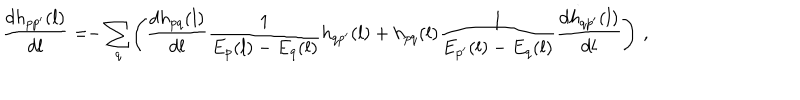
\frac { d h _ { p p ^ { \prime } } ( l ) } { d l } = \! \! - \sum _ { q } \! \left( \frac { d h _ { p q } ( l ) } { d l } \frac { 1 } { E _ { p } ( l ) - E _ { q } ( l ) } h _ { q p ^ { \prime } } ( l ) + h _ { p q } ( l ) \frac { 1 } { E _ { p ^ { \prime } } ( l ) - E _ { q } ( l ) } \frac { d h _ { q p ^ { \prime } } ( l ) } { d l } \right) \, ,